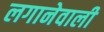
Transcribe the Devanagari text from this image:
लगानेवाली